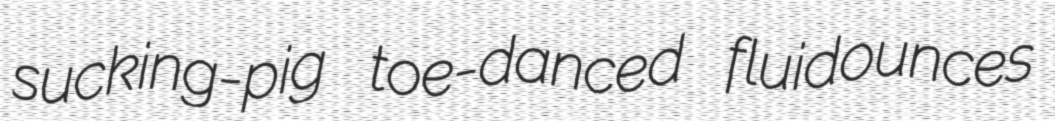
sucking-pig toe-danced fluidounces